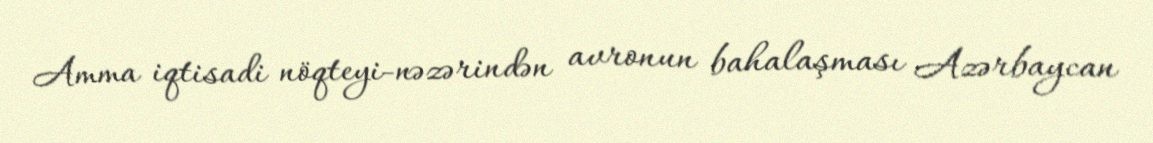
Amma iqtisadi nöqteyi-nəzərindən avronun bahalaşması Azərbaycan